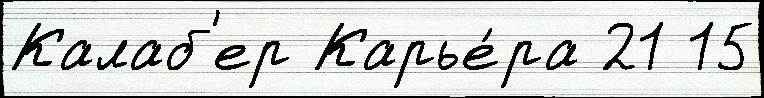
Калаб'ер Карье́ра 21 15